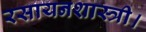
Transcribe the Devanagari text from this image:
रसायनशास्त्री।